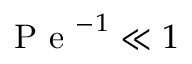
\mathrm { ~ P ~ e ~ } ^ { - 1 } \ll 1